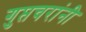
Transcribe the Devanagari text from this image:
गुप्तचरांनी